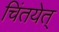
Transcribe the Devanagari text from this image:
चिंतयेत्